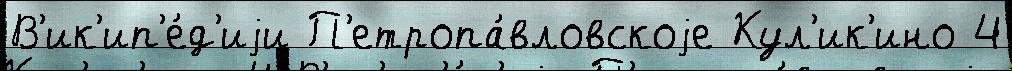
В'ик'ип'е́д'иjи П'етропа́вловскоjе Кул'ик'ино 4